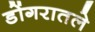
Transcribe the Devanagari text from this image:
डोंगरातले